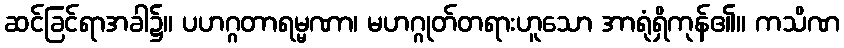
ဆင်ခြင်ရာအခါ၌။ ပဟဂ္ဂတာရမ္မဏာ၊ မဟဂ္ဂုတ်တရားဟူသော အာရုံရှိကုန်၏။ ကသိဏ